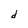
Character: d